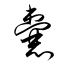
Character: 囊